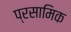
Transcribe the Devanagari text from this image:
प्रसामिक